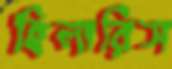
হিলারিস